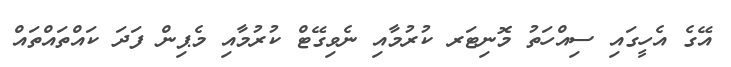
އޭގެ އެހީގައި ސިއްހަތު މޮނިޓަރ ކުރުމާއި ނެވިގޭޓް ކުރުމާއި މެޕިން ފަދަ ކައްތައްތައް